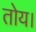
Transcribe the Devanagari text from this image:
तोय।